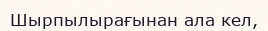
Шырпылырағынан ала кел,